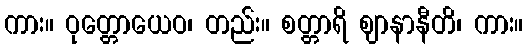
ကား။ ဝုတ္တောယေဝ၊ တည်း။ စတ္တာရိ ဈာနာနီတိ၊ ကား။